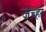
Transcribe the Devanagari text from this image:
जेच्हा